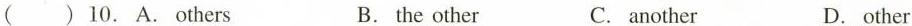
10.A.Others B.the other C.another D.other